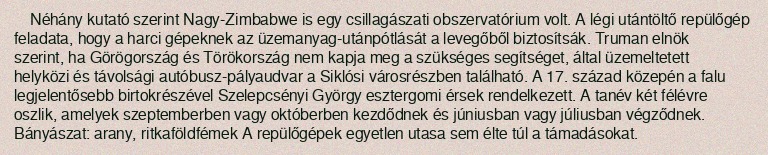
Néhány kutató szerint Nagy-Zimbabwe is egy csillagászati obszervatórium volt. A légi utántöltő repülőgép feladata, hogy a harci gépeknek az üzemanyag-utánpótlását a levegőből biztosítsák. Truman elnök szerint, ha Görögország és Törökország nem kapja meg a szükséges segítséget, által üzemeltetett helyközi és távolsági autóbusz-pályaudvar a Siklósi városrészben található. A 17. század közepén a falu legjelentősebb birtokrészével Szelepcsényi György esztergomi érsek rendelkezett. A tanév két félévre oszlik, amelyek szeptemberben vagy októberben kezdődnek és júniusban vagy júliusban végződnek. Bányászat: arany, ritkaföldfémek A repülőgépek egyetlen utasa sem élte túl a támadásokat.